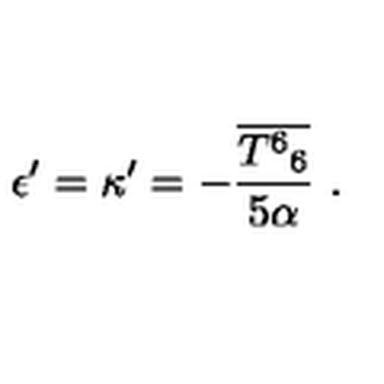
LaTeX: \epsilon ^ { \prime } = \kappa ^ { \prime } = - \frac { \overline { { { T ^ { 6 } } _ { 6 } } } } { 5 \alpha } \ .